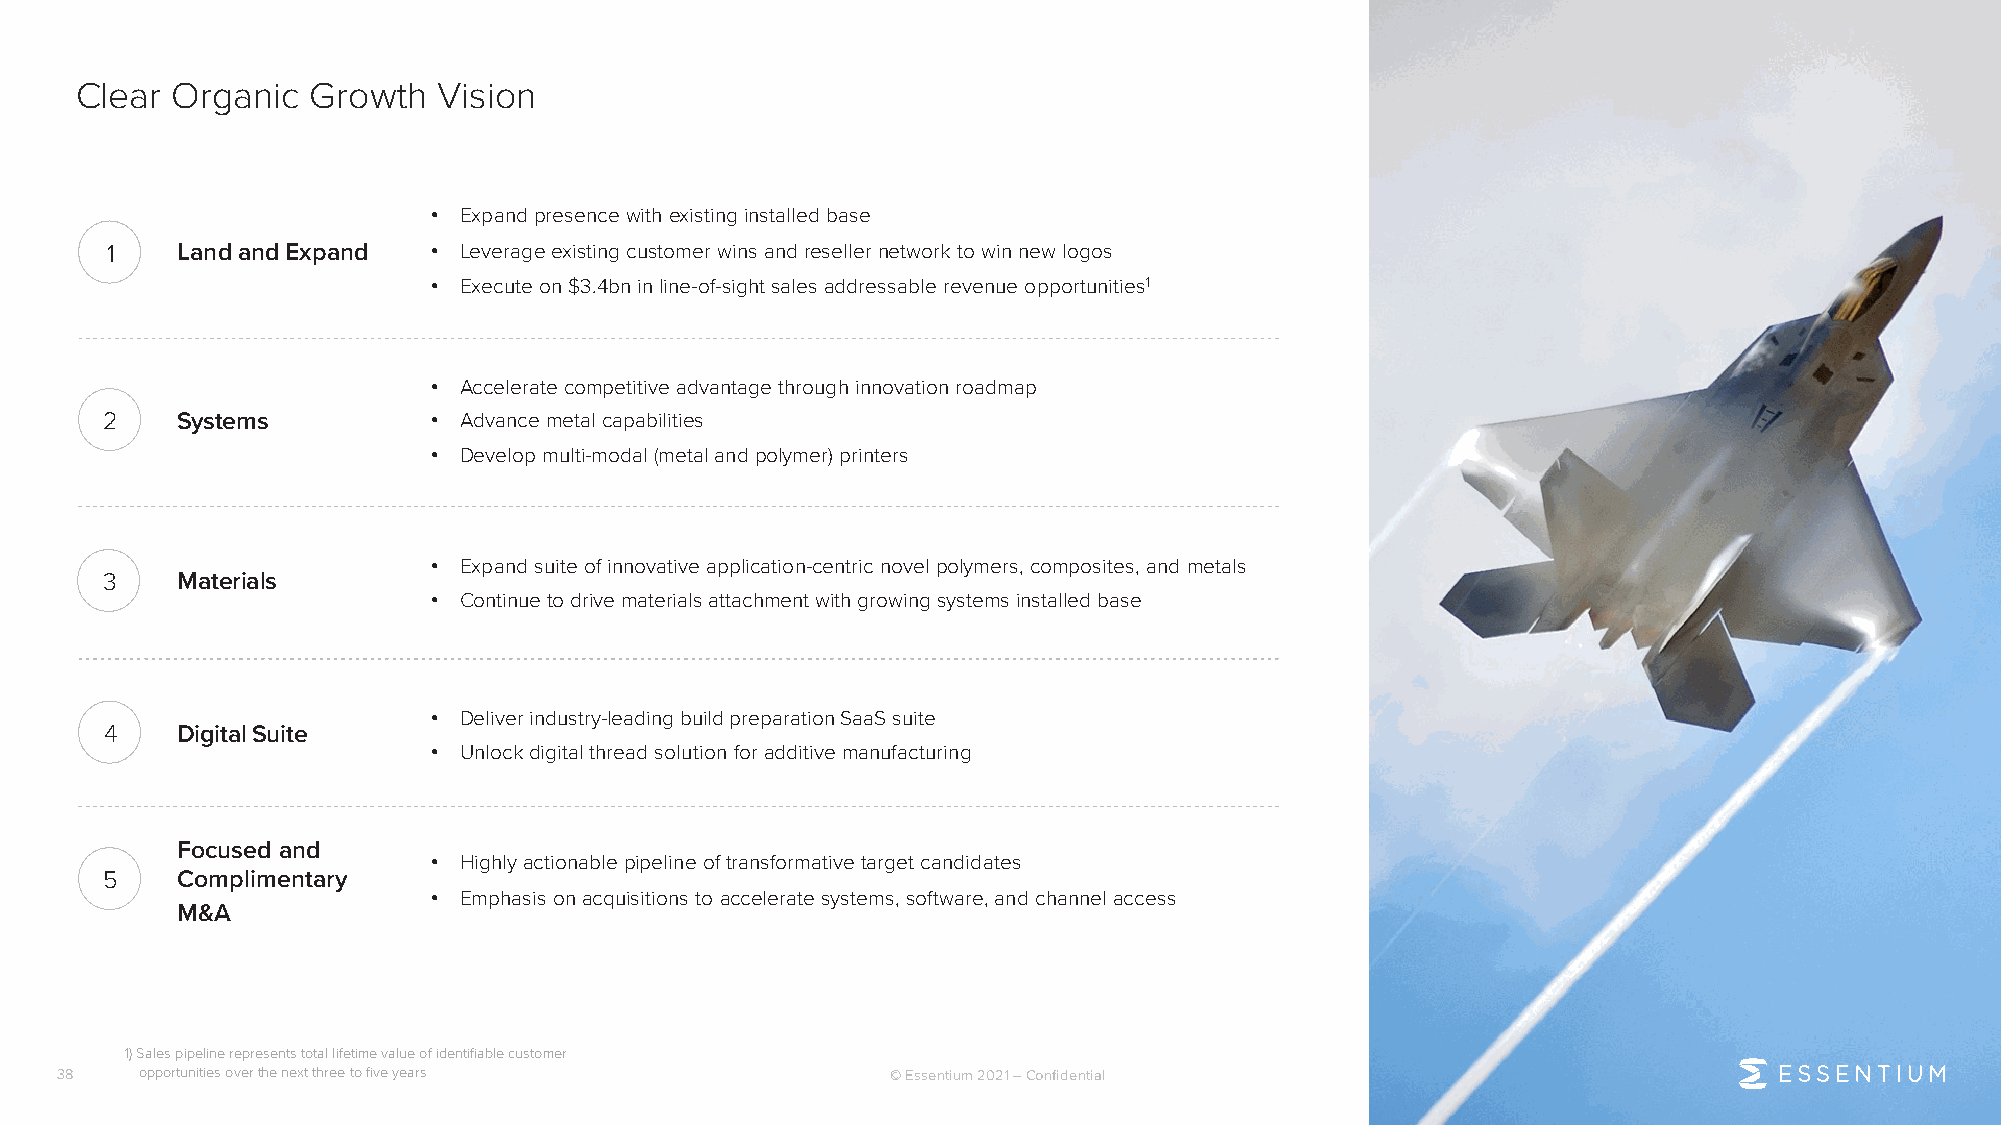
Clear Organic  Growth   Vision
 • Expandpresencewithexistinginstalledbase
 1    LandandExpand    • Leverageexisting customer winsandresellernetworktowinnewlogos
 • Executeon$3.4bninline-of-sightsalesaddressable revenue opportunities1
 • Accelerate competitive advantagethrough innovationroadmap
 2    Systems          • Advancemetalcapabilities
 • Developmulti-modal(metalandpolymer)printers
 • Expand suiteof innovative application-centric novel polymers, composites, and metals
 3    Materials
 • Continue to drive materials attachment with growing systems installed base
 • Deliverindustry-leading build preparation SaaS suite
 4    DigitalSuite
 • Unlockdigitalthreadsolution foradditive manufacturing
 Focused and
 • Highlyactionablepipelineoftransformativetargetcandidates
 5    Complimentary
 • Emphasis onacquisitions to acceleratesystems, software, and channelaccess
 M&A
 1) Sales pipeline represents total lifetime value of identifiable customer
 38   opportunities overthe next three to five years    © Essentium 2021 –Confidential